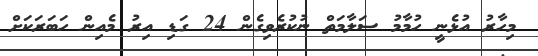
މިހާރު އުޅެނީ ހުމާމު ސަލާމަތް ނުކުރެވިގެން 24 ގަޑި އިރު މެއިން ހަބަރަކަށް